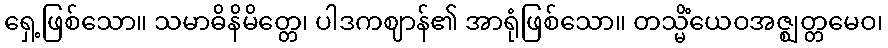
ရှေ့ဖြစ်သော။ သမာဓိနိမိတ္တေ၊ ပါဒကဈာန်၏ အာရုံဖြစ်သော။ တသ္မိံယေဝအဇ္ဈတ္တမေဝ၊